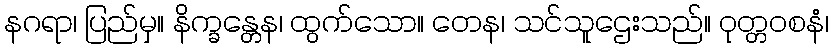
နဂရာ၊ ပြည်မှ။ နိက္ခန္တေန၊ ထွက်သော။ တေန၊ သင်သူဌေးသည်။ ဝုတ္တဝစနံ၊